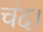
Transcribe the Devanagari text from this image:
चंद।